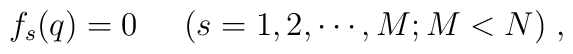
f_s(q)=0\;\;\;\;\;(s=1,2,\cdots,M;M<N) \;,